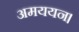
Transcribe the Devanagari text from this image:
अमययन।